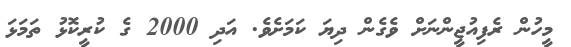
މީހުން ރެފިއުޖީންނަށް ވެގެން ދިޔަ ކަމަށެވެ. އަދި 2000 ގެ ކުރީކޮޅު ތަމަޅަ